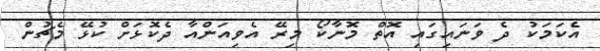
އެކަމަކު ދެ ވަނައިގައި އޮތް މޮނާކޯ މިރޭ އެވިއަންއާ ދެކޮޅަށް ކުޅޭ މެޗުން